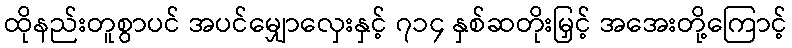
ထိုနည်းတူစွာပင် အပင်မျှောလှေးနှင့် ၇၁၄ နှစ်ဆတိုးမြှင့် အအေးတို့ကြောင့်